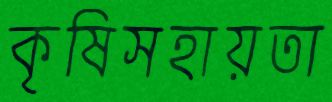
কৃষিসহায়তা